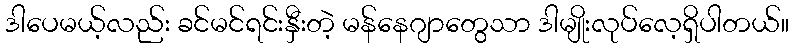
ဒါပေမယ့်လည်း ခင်မင်ရင်းနှီးတဲ့ မန်နေဂျာတွေသာ ဒါမျိုးလုပ်လေ့ရှိပါတယ်။